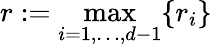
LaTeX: r:=\operatorname*{max}_{i=1,\ldots,d-1}\{ r_{i}\}